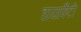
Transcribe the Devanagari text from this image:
डायाफैंटी